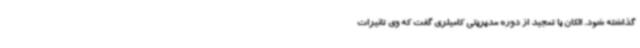
گذاشته شود. الکان با تمجید از دوره مدیریتی کامیلری گفت که وی تاثیرات